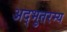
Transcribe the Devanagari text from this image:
अद्भुतरम्य